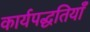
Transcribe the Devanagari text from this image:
कार्यपद्धतियाँ